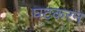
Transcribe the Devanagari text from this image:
घटकरन